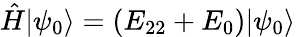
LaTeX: \hat{H}|\psi_{0}\rangle=\left(E_{22}+E_{0}\right)|\psi_{0}\rangle